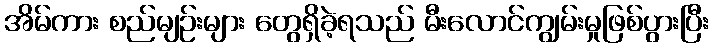
အိမ်ကား စည်မျဉ်းများ တွေရှိခဲ့ရသည် မီးလောင်ကျွမ်းမှုဖြစ်ပွားပြီး